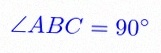
\angle ABC=90^\circ